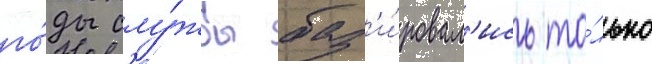
го́ды слу́жбы баз'и́ровал'ись то́лько